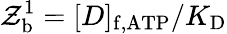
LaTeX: \mathcal{Z}_{\mathrm{{b}}}^{\mathrm{{1}}}=[D]_{\mathrm{{f,ATP}}}/K_{\mathrm{{D}}}